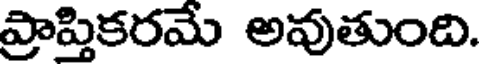
ప్రాప్తికరమే అవుతుంది.